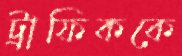
ট্রাফিককে